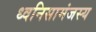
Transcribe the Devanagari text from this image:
ध्वनिसामंजस्य